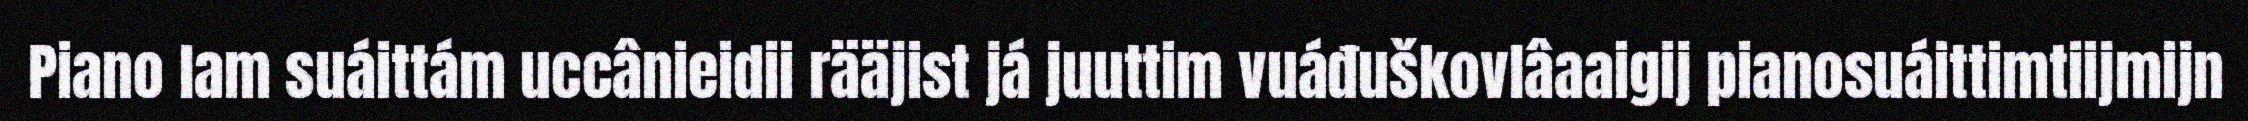
Piano lam suáittám uccânieidii rääjist já juuttim vuáđuškovlâaaigij pianosuáittimtiijmijn